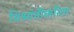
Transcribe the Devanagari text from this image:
विश्रांतीकरिता